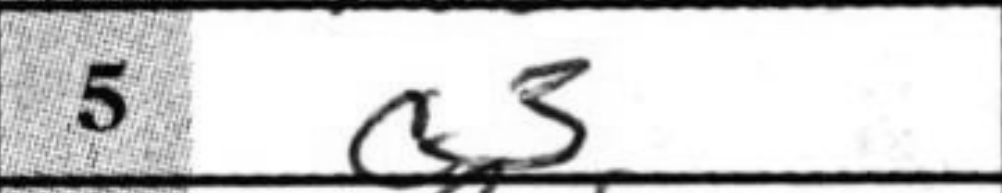
Transcription: a3